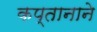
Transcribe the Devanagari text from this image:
कप्‍तानाने